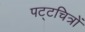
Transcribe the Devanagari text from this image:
पट्टचित्रों